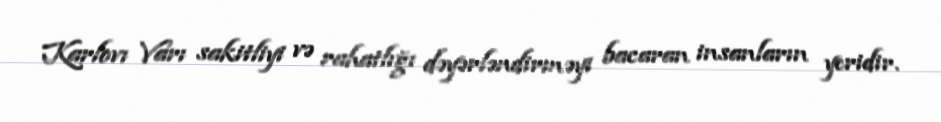
Karlovı Varı sakitliyi və rahatlığı dəyərləndirməyi bacaran insanların yeridir.